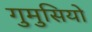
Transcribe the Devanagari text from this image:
गुमुसियो